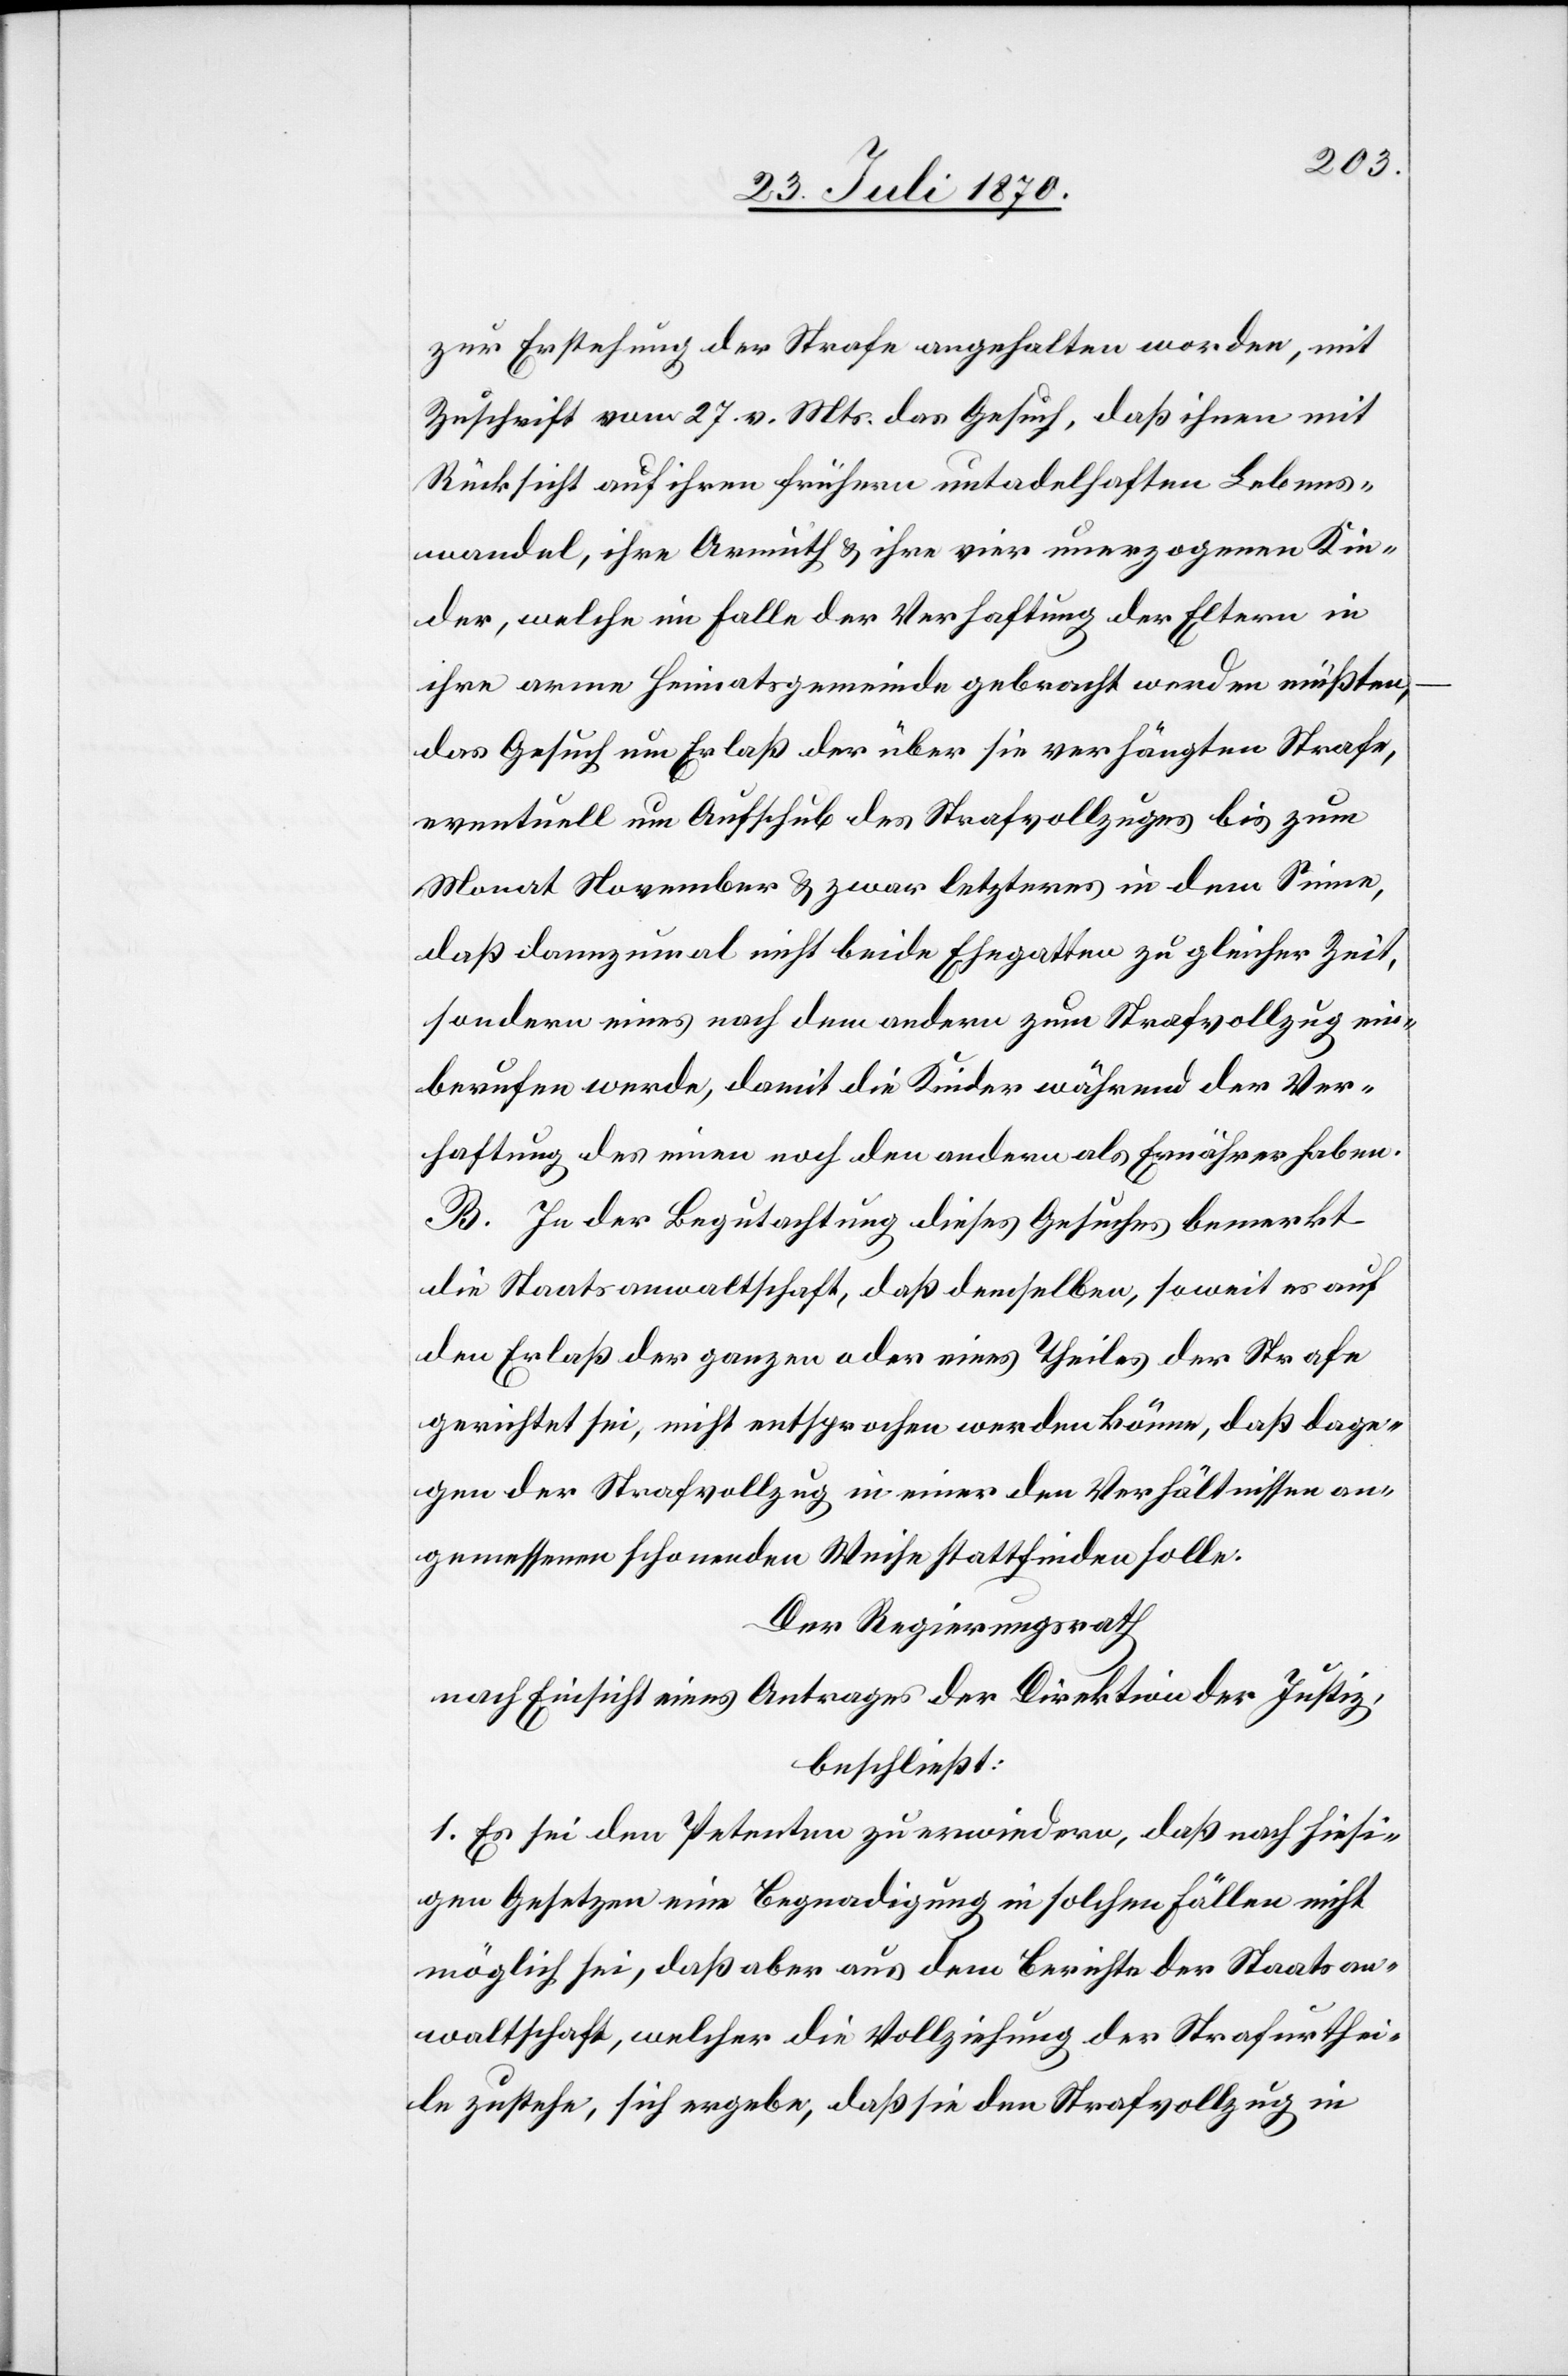
zur Erstehung der Strafe angehalten worden, mit
Zuschrift vom 27. v. Mts. das Gesuch, daß ihnen mit
Rücksicht auf ihren frühern untadelhaften Lebens¬
wandel, ihre Armuth & ihre vier unerzogenen Kin¬
der, welche im Falle der Verhaftung der Eltern in
ihre arme Heimatsgemeinde gebracht werden müßten,
das Gesuch um Erlaß der über sie verhängen Strafe,
eventuell um Aufschub des Strafvollzuges bis zum
Monat November & zwar letztes in dem Sinne,
daß dannzumal nicht beide Ehegatten zu gleicher Zeit,
sondern eines nach dem anderen zum Strafvollzug ein¬
berufen werde, damit die Kinder während der Ver¬
haftung des einen noch den anderen als Ernährer haben.
In der Begutachtung dieses Gesuches bemerkt
die Staatsanwaltschaft, daß demselben, soweit es auf
den Erlaß der ganzen oder eines Theiles der Strafe
gerichtet sei, nicht entsprochen werden könne, daß dage¬
gen der Strafvollzug in einer den Verhältnissen an¬
gemessenen schonenden Weise stattfinden sollte.
Der Regierungsrath
nach Einsicht eines Antrages der Direktion der Justiz,
beschließt:
1. Es sei den Petenten zu erwiedern, daß nach hiesi¬
gen Gesetzen eine Begnadigung in solchen Fällen nicht
möglich sei, daß aber aus dem Berichte der Staatsan¬
waltschaft, welcher die Vollziehung der Strafurthei¬
le zustehe, sich ergebe, daß sie die Strafvollzug in